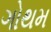
ગોથમ